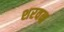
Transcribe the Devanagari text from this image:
शरवन